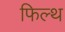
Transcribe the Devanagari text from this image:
फिल्थ